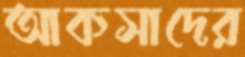
আকসাদের